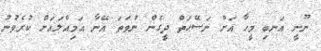
ނޫނީ އަނބި މީހާ އަށް ނަސޭޙަތް ދީގެން ނުވަތަ އޭނާ އަމިއްލައަށް ކުރެވުނު